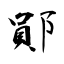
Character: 鄖